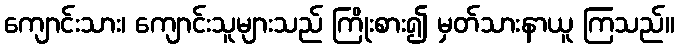
ကျောင်းသား၊ ကျောင်းသူများသည် ကြိုးစား၍ မှတ်သားနာယူ ကြသည်။